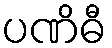
ပဏိဓီ